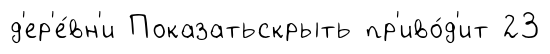
д'ер'е́вн'и Показатьскрыть пр'иво́д'ит 23